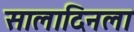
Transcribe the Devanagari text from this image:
सालादिनला